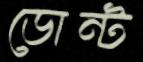
ডোন্ট